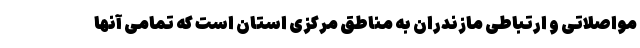
مواصلاتی و ارتباطی مازندران به مناطق مرکزی استان است که تمامی آنها